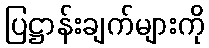
ပြဋ္ဌာန်းချက်များကို